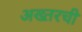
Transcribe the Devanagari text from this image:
अख्तरची